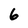
Character: 6